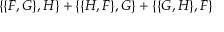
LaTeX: \{ \{ F , G \} , H \} + \{ \{ H , F \} , G \} + \{ \{ G , H \} , F \}